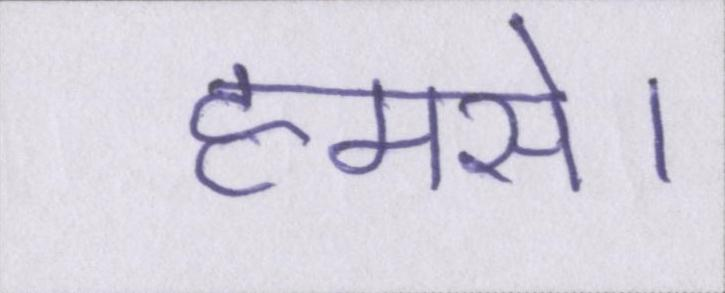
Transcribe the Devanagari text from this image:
हमसे।